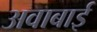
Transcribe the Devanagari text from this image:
अवाबाई